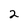
Character: 2